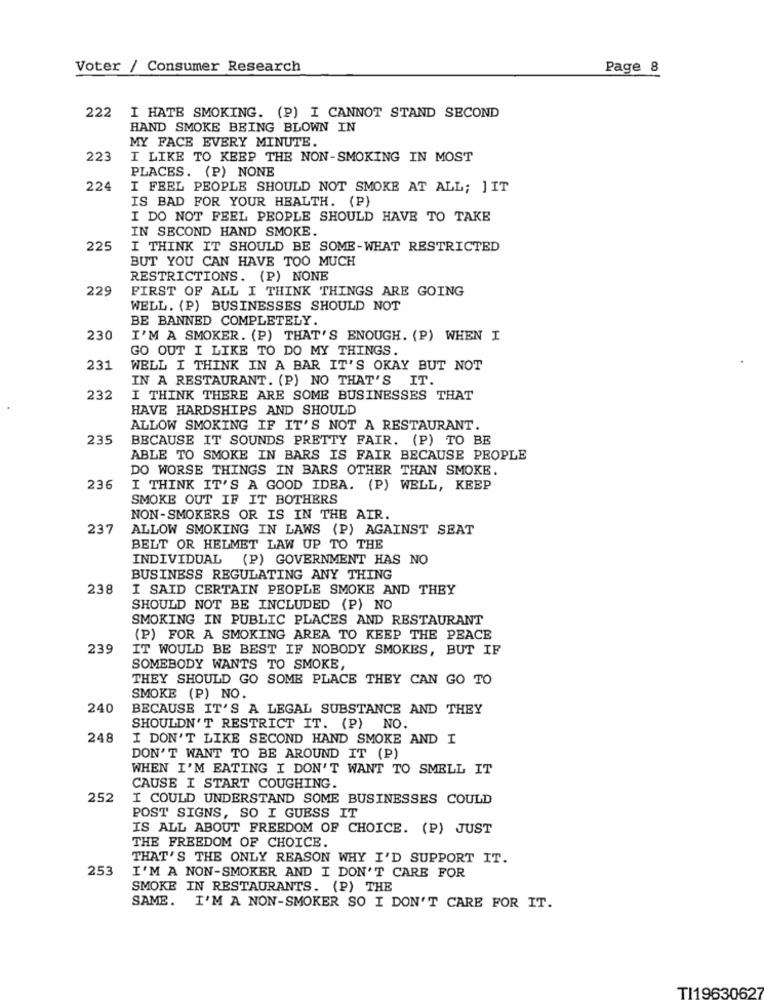
Voter / Consumer Research
Page 8
222
I HATE SMOKING. (P) I CANNOT STAND SECOND
HAND SMOKE BEING BLOWN IN
MY FACE EVERY MINUTE.
223
I LIKE TO KEEP THE NON-SMOKING IN MOST
PLACES. (P) NONE
224
I FEEL PEOPLE SHOULD NOT SMOKE AT ALL; JIT
IS BAD FOR YOUR HEALTH. (P)
I DO NOT FEEL PEOPLE SHOULD HAVE TO TAKE
IN SECOND HAND SMOKE.
225
I THINK IT SHOULD BE SOME-WHAT RESTRICTED
BUT YOU CAN HAVE TOO MUCH
RESTRICTIONS. (P) NONE
229
FIRST OF ALL I THINK THINGS ARE GOING
WELL. (P) BUSINESSES SHOULD NOT
BE BANNED COMPLETELY.
230
I'M A SMOKER. (P) THAT'S ENOUGH. (P) WHEN I
GO OUT I LIKE TO DO MY THINGS
231
WELL I THINK IN A BAR IT'S OKAY BUT NOT
IN A RESTAURANT. (P) NO THAT'S IT.
232
I THINK THERE ARE SOME BUSINESSES THAT
HAVE HARDSHIPS AND SHOULD
ALLOW SMOKING IF IT'S NOT A RESTAURANT.
235
BECAUSE IT SOUNDS PRETTY FAIR. (P) TO BE
ABLE TO SMOKE IN BARS IS FAIR BECAUSE PEOPLE
DO WORSE THINGS IN BARS OTHER THAN SMOKE.
236
I THINK IT'S A GOOD IDEA. (P) WELL, KEEP
SMOKE OUT IF IT BOTHERS
NON-SMOKERS OR IS IN THE AIR.
237
ALLOW SMOKING IN LAWS (P) AGAINST SEAT
BELT OR HELMET LAW UP TO THE
INDIVIDUAL (P) GOVERNMENT HAS NO
BUSINESS REGULATING ANY THING
238
I SAID CERTAIN PEOPLE SMOKE AND THEY
SHOULD NOT BE INCLUDED (P) NO
SMOKING IN PUBLIC PLACES AND RESTAURANT
(P) FOR A SMOKING AREA TO KEEP THE PEACE
239
IT WOULD BE BEST IF NOBODY SMOKES, BUT IF
SOMEBODY WANTS TO SMOKE,
THEY SHOULD GO SOME PLACE THEY CAN GO TO
SMOKE (P) NO.
240
BECAUSE IT'S A LEGAL SUBSTANCE AND THEY
SHOULDN'T RESTRICT IT. (P)
NO.
248
I DON'T LIKE SECOND HAND SMOKE AND I
DON'T WANT TO BE AROUND IT (P)
WHEN I'M EATING I DON'T WANT TO SMELL IT
CAUSE I START COUGHING.
252
I COULD UNDERSTAND SOME BUSINESSES COULD
POST SIGNS, SO I GUESS IT
IS ALL ABOUT FREEDOM OF CHOICE. (P) JUST
THE FREEDOM OF CHOICE.
THAT'S THE ONLY REASON WHY I'D SUPPORT IT.
253
I'M A NON-SMOKER AND I DON'T CARE FOR
SMOKE IN RESTAURANTS. (P) THE
SAME. I'M A NON-SMOKER SO I DON'T CARE FOR IT.
TI19630627